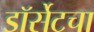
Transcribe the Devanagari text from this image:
डॉर्सेटचा